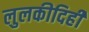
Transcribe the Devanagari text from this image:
लुलकीदिही